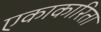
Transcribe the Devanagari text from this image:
एकाकारिता